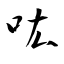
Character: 吰